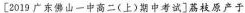
〔2019广东佛山一中高二(上)期中考试]荔枝原产于